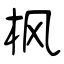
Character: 枫